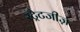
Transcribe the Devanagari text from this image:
स्ट्रैटजीज़